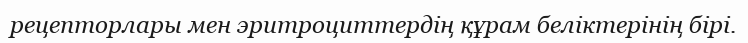
рецепторлары мен эритроциттердің құрам беліктерінің бірі.